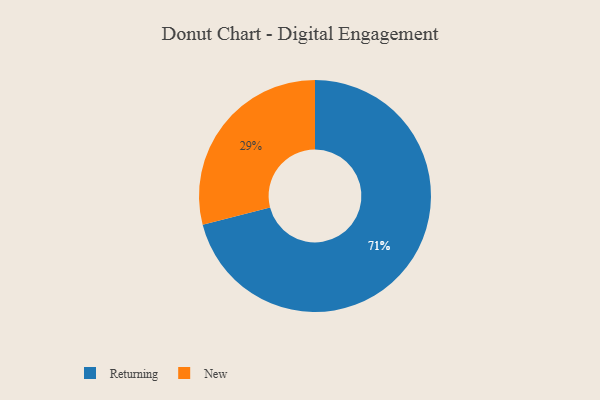
{"axis": {"x": "Category", "y": "Percentage"}, "legend": ["New", "Returning"], "data": [{"x": "Returning", "y": 71, "type": "Returning"}, {"x": "New", "y": 29, "type": "New"}]}